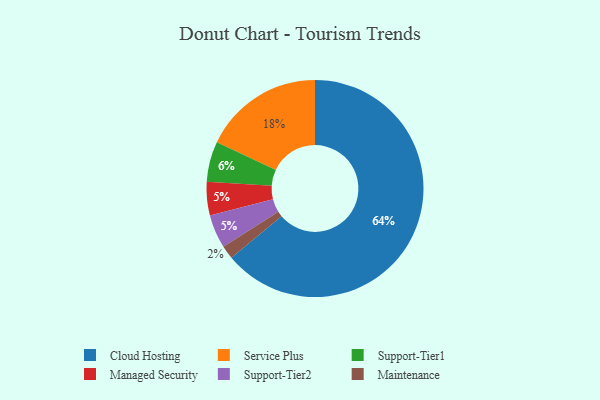
{"axis": {"x": "Category", "y": "Percentage"}, "legend": ["Cloud Hosting", "Maintenance", "Managed Security", "Service Plus", "Support-Tier1", "Support-Tier2"], "data": [{"x": "Support-Tier1", "y": 6, "type": "Support-Tier1"}, {"x": "Service Plus", "y": 18, "type": "Service Plus"}, {"x": "Cloud Hosting", "y": 64, "type": "Cloud Hosting"}, {"x": "Managed Security", "y": 5, "type": "Managed Security"}, {"x": "Maintenance", "y": 2, "type": "Maintenance"}, {"x": "Support-Tier2", "y": 5, "type": "Support-Tier2"}]}